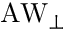
\mathrm { A W _ { \perp } }